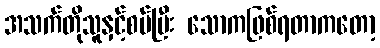
အသက်တိုသူနှင့်စပ်ပြီး သောကဖြစ်ရတာကတော့